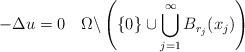
LaTeX: \begin{align*} -\Delta u=0\quad\Omega \backslash \left( \{0\} \cup \bigcup^{\infty}_{j=1} B_{r_j} (x_j) \right) \end{align*}